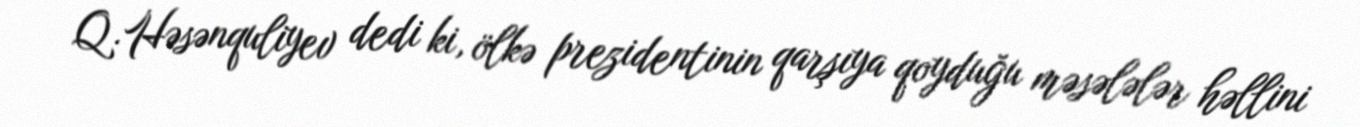
Q.Həsənquliyev dedi ki, ölkə prezidentinin qarşıya qoyduğu məsələlər həllini